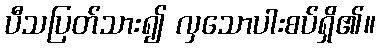
ပီသပြတ်သား၍ လှသောပါးစပ်ရှိ၏။